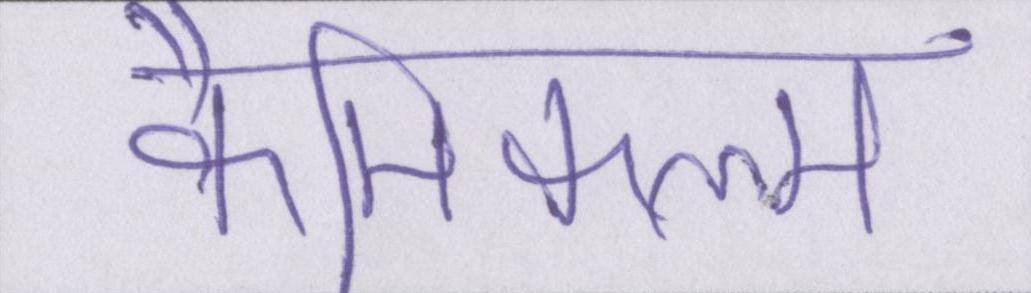
कैमिकल्स